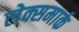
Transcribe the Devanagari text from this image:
लेक्समार्क